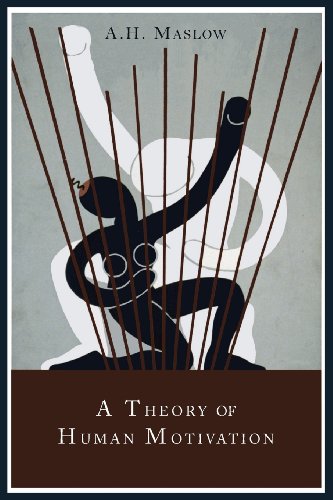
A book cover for A Theory of Human Motivation; Abraham H. Maslow; Medical Books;